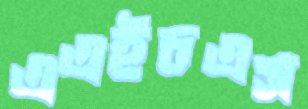
এএইচএস